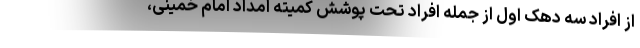
از افراد سه دهک اول از جمله افراد تحت پوشش کمیته امداد امام خمینی،